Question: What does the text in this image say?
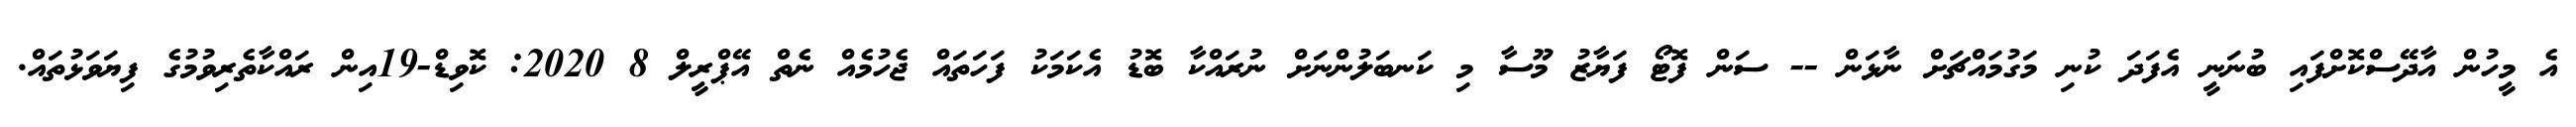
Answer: އެ މީހުން އާދޭސްކޮށްފައި ބުނަނީ އެފަދަ ކުނި މަގުމައްޗަށް ނާޅަން -- ސަން ފޮޓޯ ފަޔާޒު މޫސާ މި ކަނބަލުންނަށް ނުރައްކާ ބޮޑު އެކަމަކު ފަހަތައް ޖެހުމެއް ނެތް އޭޕްރީލް 8 2020: ކޮވިޑް-19އިން ރައްކާތެރިވުމުގެ ފިޔަވަޅުތައް.